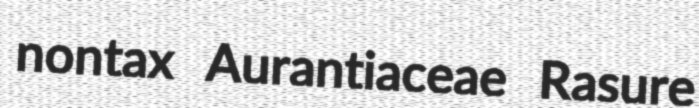
nontax Aurantiaceae Rasure